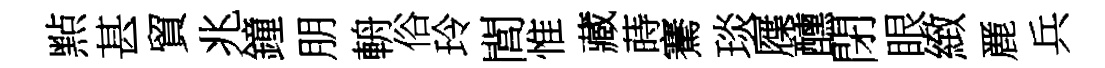
㸃甚貿兆鐘朋輈俗玲閭惟藏蒔騫琰屧醺閉眼緻䴡兵